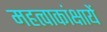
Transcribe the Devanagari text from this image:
महत्वाकांक्षायें